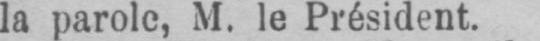
la parole, M. le Président.